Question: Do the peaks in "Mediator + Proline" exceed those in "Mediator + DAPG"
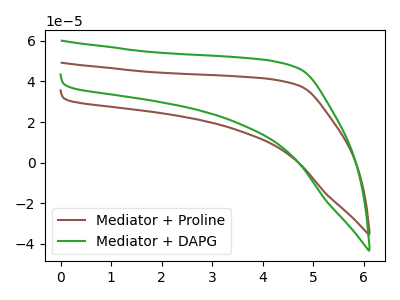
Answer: <think>The brown curve "Mediator + Proline" has no peaks. The green curve "Mediator + DAPG" has no peaks.</think>
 <answer>Niether CV has any peaks.</answer>
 <eval>blanks</eval>